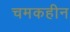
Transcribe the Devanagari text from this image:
चमकहीन